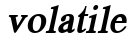
volatile